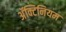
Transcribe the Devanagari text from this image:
अॅक्टिनियम